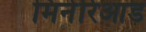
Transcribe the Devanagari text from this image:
मिनेरिआड